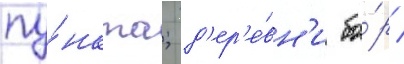
пу́нкта; д'ер'е́вн'и бо́р /